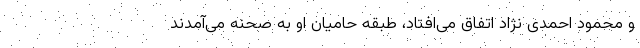
و محمود احمدی نژاد اتفاق می‌افتاد، طبقه حامیان او به صحنه می‌آمدند